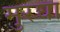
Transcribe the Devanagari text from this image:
मुरघा